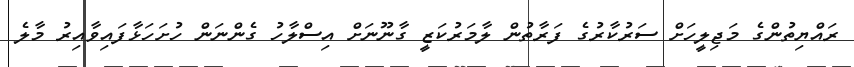
ރައްޔިތުންގެ މަޖިލީހަށް ސަރުކާރުގެ ފަރާތުން ލާމަރުކަޒީ ގާނޫނަށް އިސްލާހު ގެންނަން ހުށަހަޅާފައިވާއިރު މާލެ